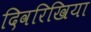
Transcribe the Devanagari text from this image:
दिवरिखिया